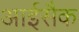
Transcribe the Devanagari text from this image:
आईसैक